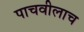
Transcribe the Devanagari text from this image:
पाचवीलाच